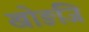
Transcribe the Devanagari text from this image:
खोङजि